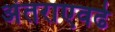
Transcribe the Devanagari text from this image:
अंतराएवढे